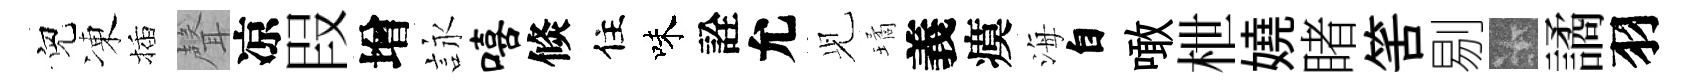
兒凍插聲凉叚增詠嘻倐住味詮允𫤗璚義瘼海自噉枻嬈睹筈剔卡譎羽